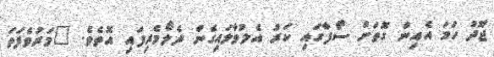
ޖޫދު ހަމަ އެއިން ގޮތަށް ސޯފާގައި ކަރު އެލުވާލައިގެން ދެލޯމެރިފައި އޮތެވެ. "މަރުވެފަތަ